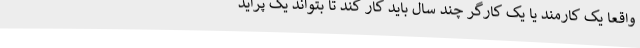
واقعا یک کارمند یا یک کارگر چند سال باید کار کند تا بتواند یک پراید